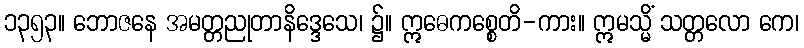
၁၃၅၃။ ဘောဇနေ အမတ္တညုတာနိဒ္ဒေသေ၊ ၌။ ဣဓေကစ္စေတိ-ကား။ ဣမသ္မိံ သတ္တလော ကေ၊